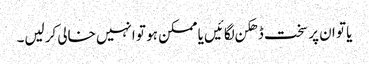
یا تو ان پر سخت ڈھکن لگائیں یا ممکن ہو تو انہیں خالی کرلیں۔